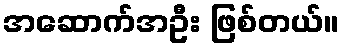
အဆောက်အဦး ဖြစ်တယ်။